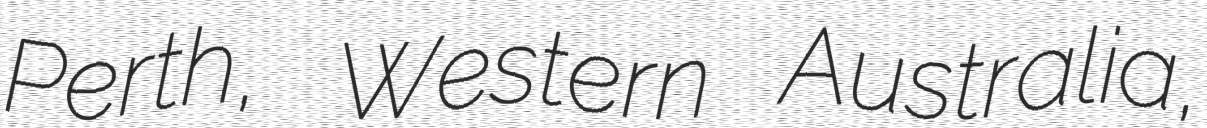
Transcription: Perth, Western Australia,